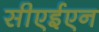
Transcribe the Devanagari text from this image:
सीएईएन